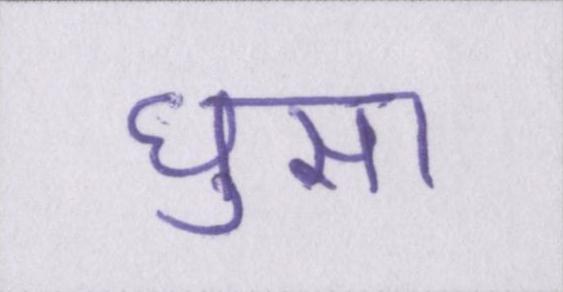
घुसा